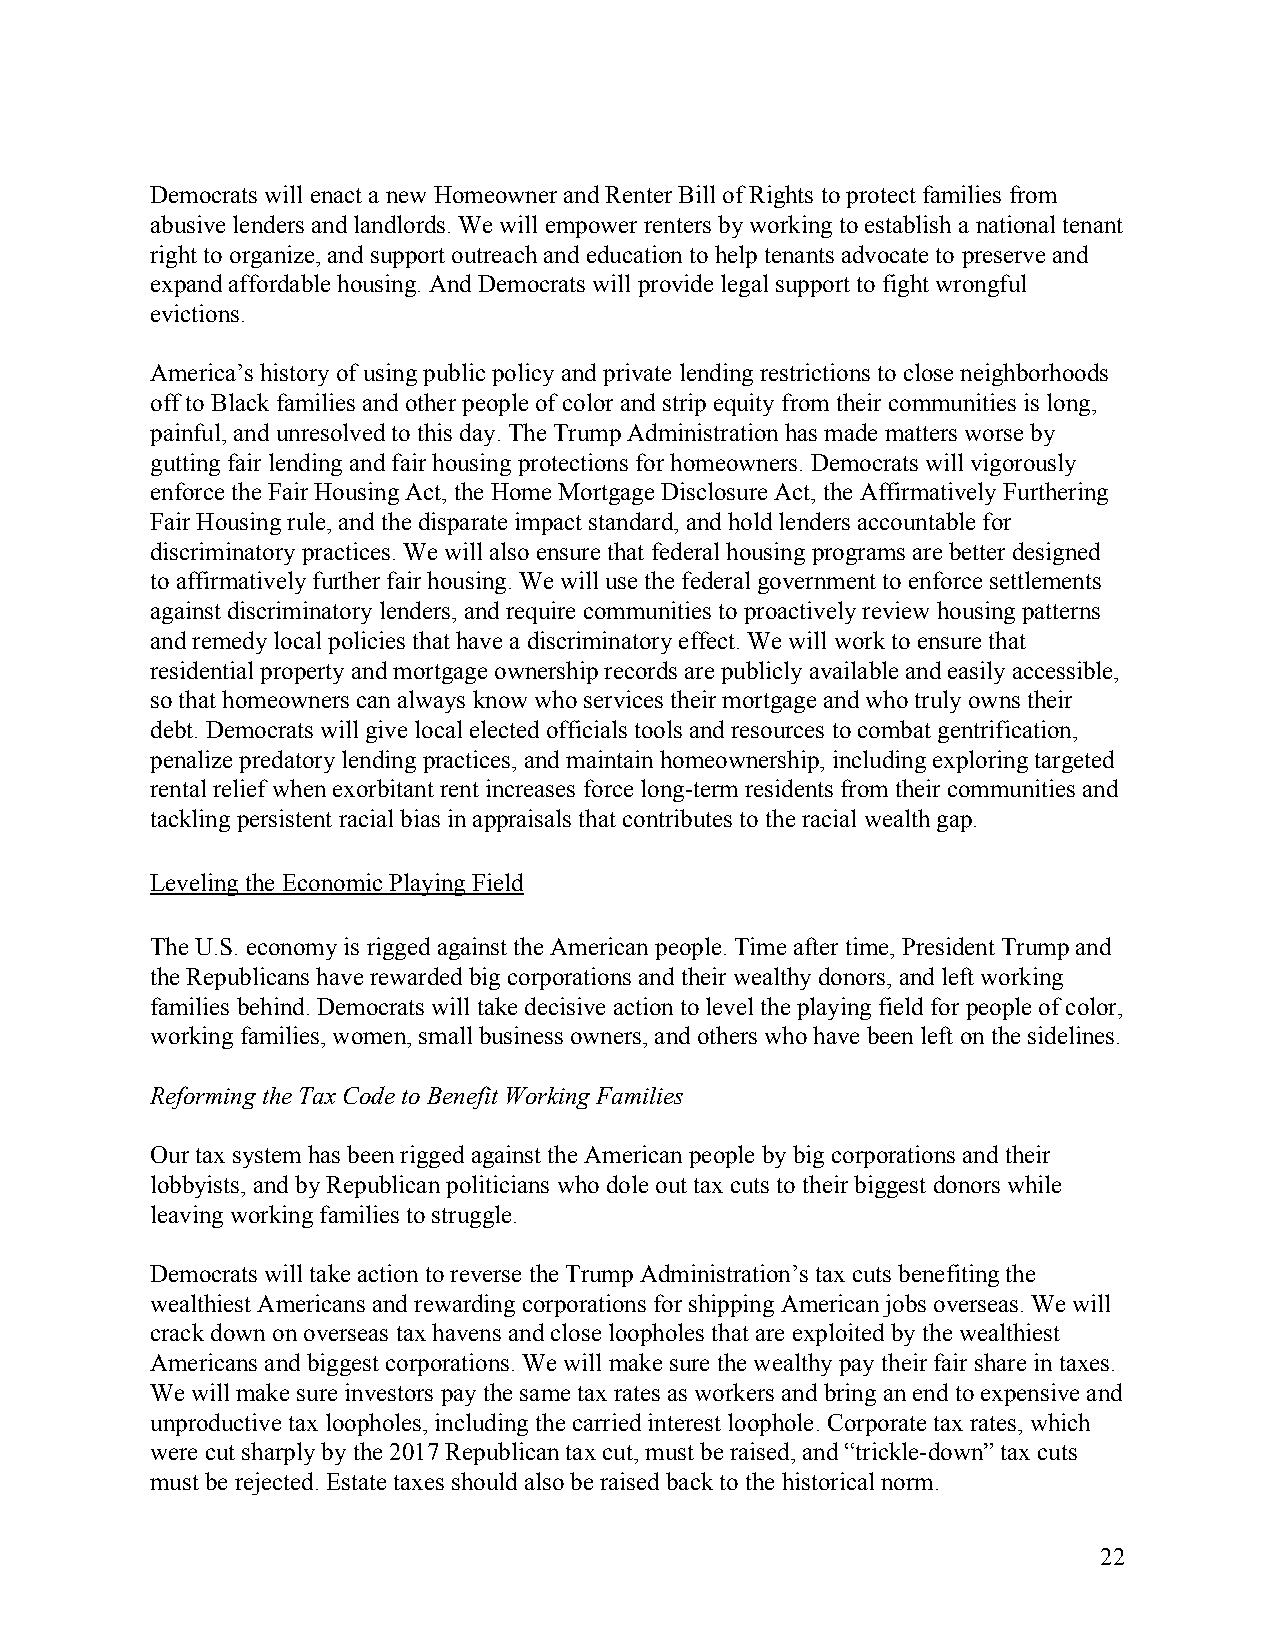
Democrats will enact a new Homeowner and Renter Bill of Rights to protect families from
 abusive lenders and landlords. We will empower renters by working to establish a national tenant
 right to organize, and support outreach and education to help tenants advocate to preserve and
 expand affordable housing. And Democrats will provide legal support to fight wrongful
 evictions.
 America’s history of using public policy and private lending restrictions to close neighborhoods
 off to Black families and other people of color and strip equity from their communities is long,
 painful, and unresolved to this day. The Trump Administration has made matters worse by
 gutting fair lending and fair housing protections for homeowners. Democrats will vigorously
 enforce the Fair Housing Act, the Home Mortgage Disclosure Act, the Affirmatively Furthering
 Fair Housing rule, and the disparate impact standard, and hold lenders accountable for
 discriminatory practices. We will also ensure that federal housing programs are better designed
 to affirmatively further fair housing. We will use the federal government to enforce settlements
 against discriminatory lenders, and require communities to proactively review housing patterns
 and remedy local policies that have a discriminatory effect. We will work to ensure that
 residential property and mortgage ownership records are publicly available and easily accessible,
 so that homeowners can always know who services their mortgage and who truly owns their
 debt. Democrats will give local elected officials tools and resources to combat gentrification,
 penalize predatory lending practices, and maintain homeownership, including exploring targeted
 rental relief when exorbitant rent increases force long-term residents from their communities and
 tackling persistent racial bias in appraisals that contributes to the racial wealth gap.
 Leveling the Economic Playing Field
 The U.S. economy is rigged against the American people. Time after time, President Trump and
 the Republicans have rewarded big corporations and their wealthy donors, and left working
 families behind. Democrats will take decisive action to level the playing field for people of color,
 working families, women, small business owners, and others who have been left on the sidelines.
 Reforming the Tax Code to Benefit Working Families
 Our tax system has been rigged against the American people by big corporations and their
 lobbyists, and by Republican politicians who dole out tax cuts to their biggest donors while
 leaving working families to struggle.
 Democrats will take action to reverse the Trump Administration’s tax cuts benefiting the
 wealthiest Americans and rewarding corporations for shipping American jobs overseas. We will
 crack down on overseas tax havens and close loopholes that are exploited by the wealthiest
 Americans and biggest corporations. We will make sure the wealthy pay their fair share in taxes.
 We will make sure investors pay the same tax rates as workers and bring an end to expensive and
 unproductive tax loopholes, including the carried interest loophole. Corporate tax rates, which
 were cut sharply by the 2017 Republican tax cut, must be raised, and “trickle-down” tax cuts
 must be rejected. Estate taxes should also be raised back to the historical norm.
 22